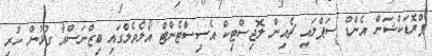
ޕްރޮޑަކްޝަން އެންޑް ސަޕްލައި ޗެއިން ލޮޖިސްޓިކް އެސިސްޓެންޓް އޯލެވެލްގައި ބިޒްނަސްއާ ގުޅުން ހުރި